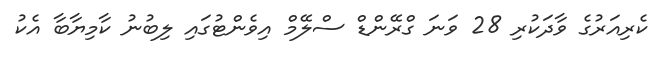
ކެރިއަރުގެ ވާދަކުރި 28 ވަނަ ގްރޭންޑް ސްލޭމް އިވެންޓުގައި ލިބުނު ކާމިޔާބާ އެކު